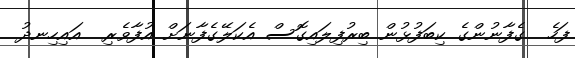
ފަހެ  ގެފާނުންގެ ކިބަފުޅުން ބިރުފިލައިގޮސް އެކަލޭގެފާނަށް އުފާވެރި  އައިހިނދު